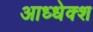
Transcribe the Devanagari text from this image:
आध्धेक्श